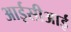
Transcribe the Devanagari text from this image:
आईसीआई